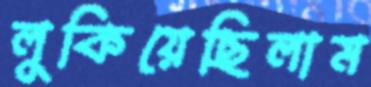
লুকিয়েছিলাম